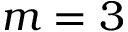
m = 3